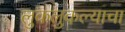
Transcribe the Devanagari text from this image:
लुकलुकल्याचा